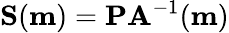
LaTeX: \mathbf{S}(\mathbf{m})=\mathbf{P}\mathbf{A}^{-1}(\mathbf{m})